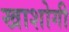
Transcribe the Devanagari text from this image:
खाशोगी